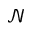
\mathcal { N }